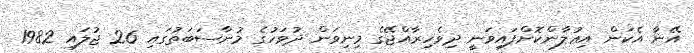
އޭނާ އެކަން އިޢުލާންކޮށްފައިވަނީ ދިވެހިރާއްޖޭގެ މިނިވަން ދުވަހުގެ މުނާސަބަތުގައި 26 ޖުލައި 1982